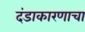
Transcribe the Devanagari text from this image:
दंडाकारणाचा